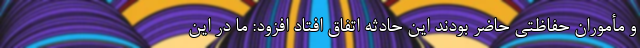
و مأموران حفاظتی حاضر بودند این حادثه اتفاق افتاد افزود: ما در این